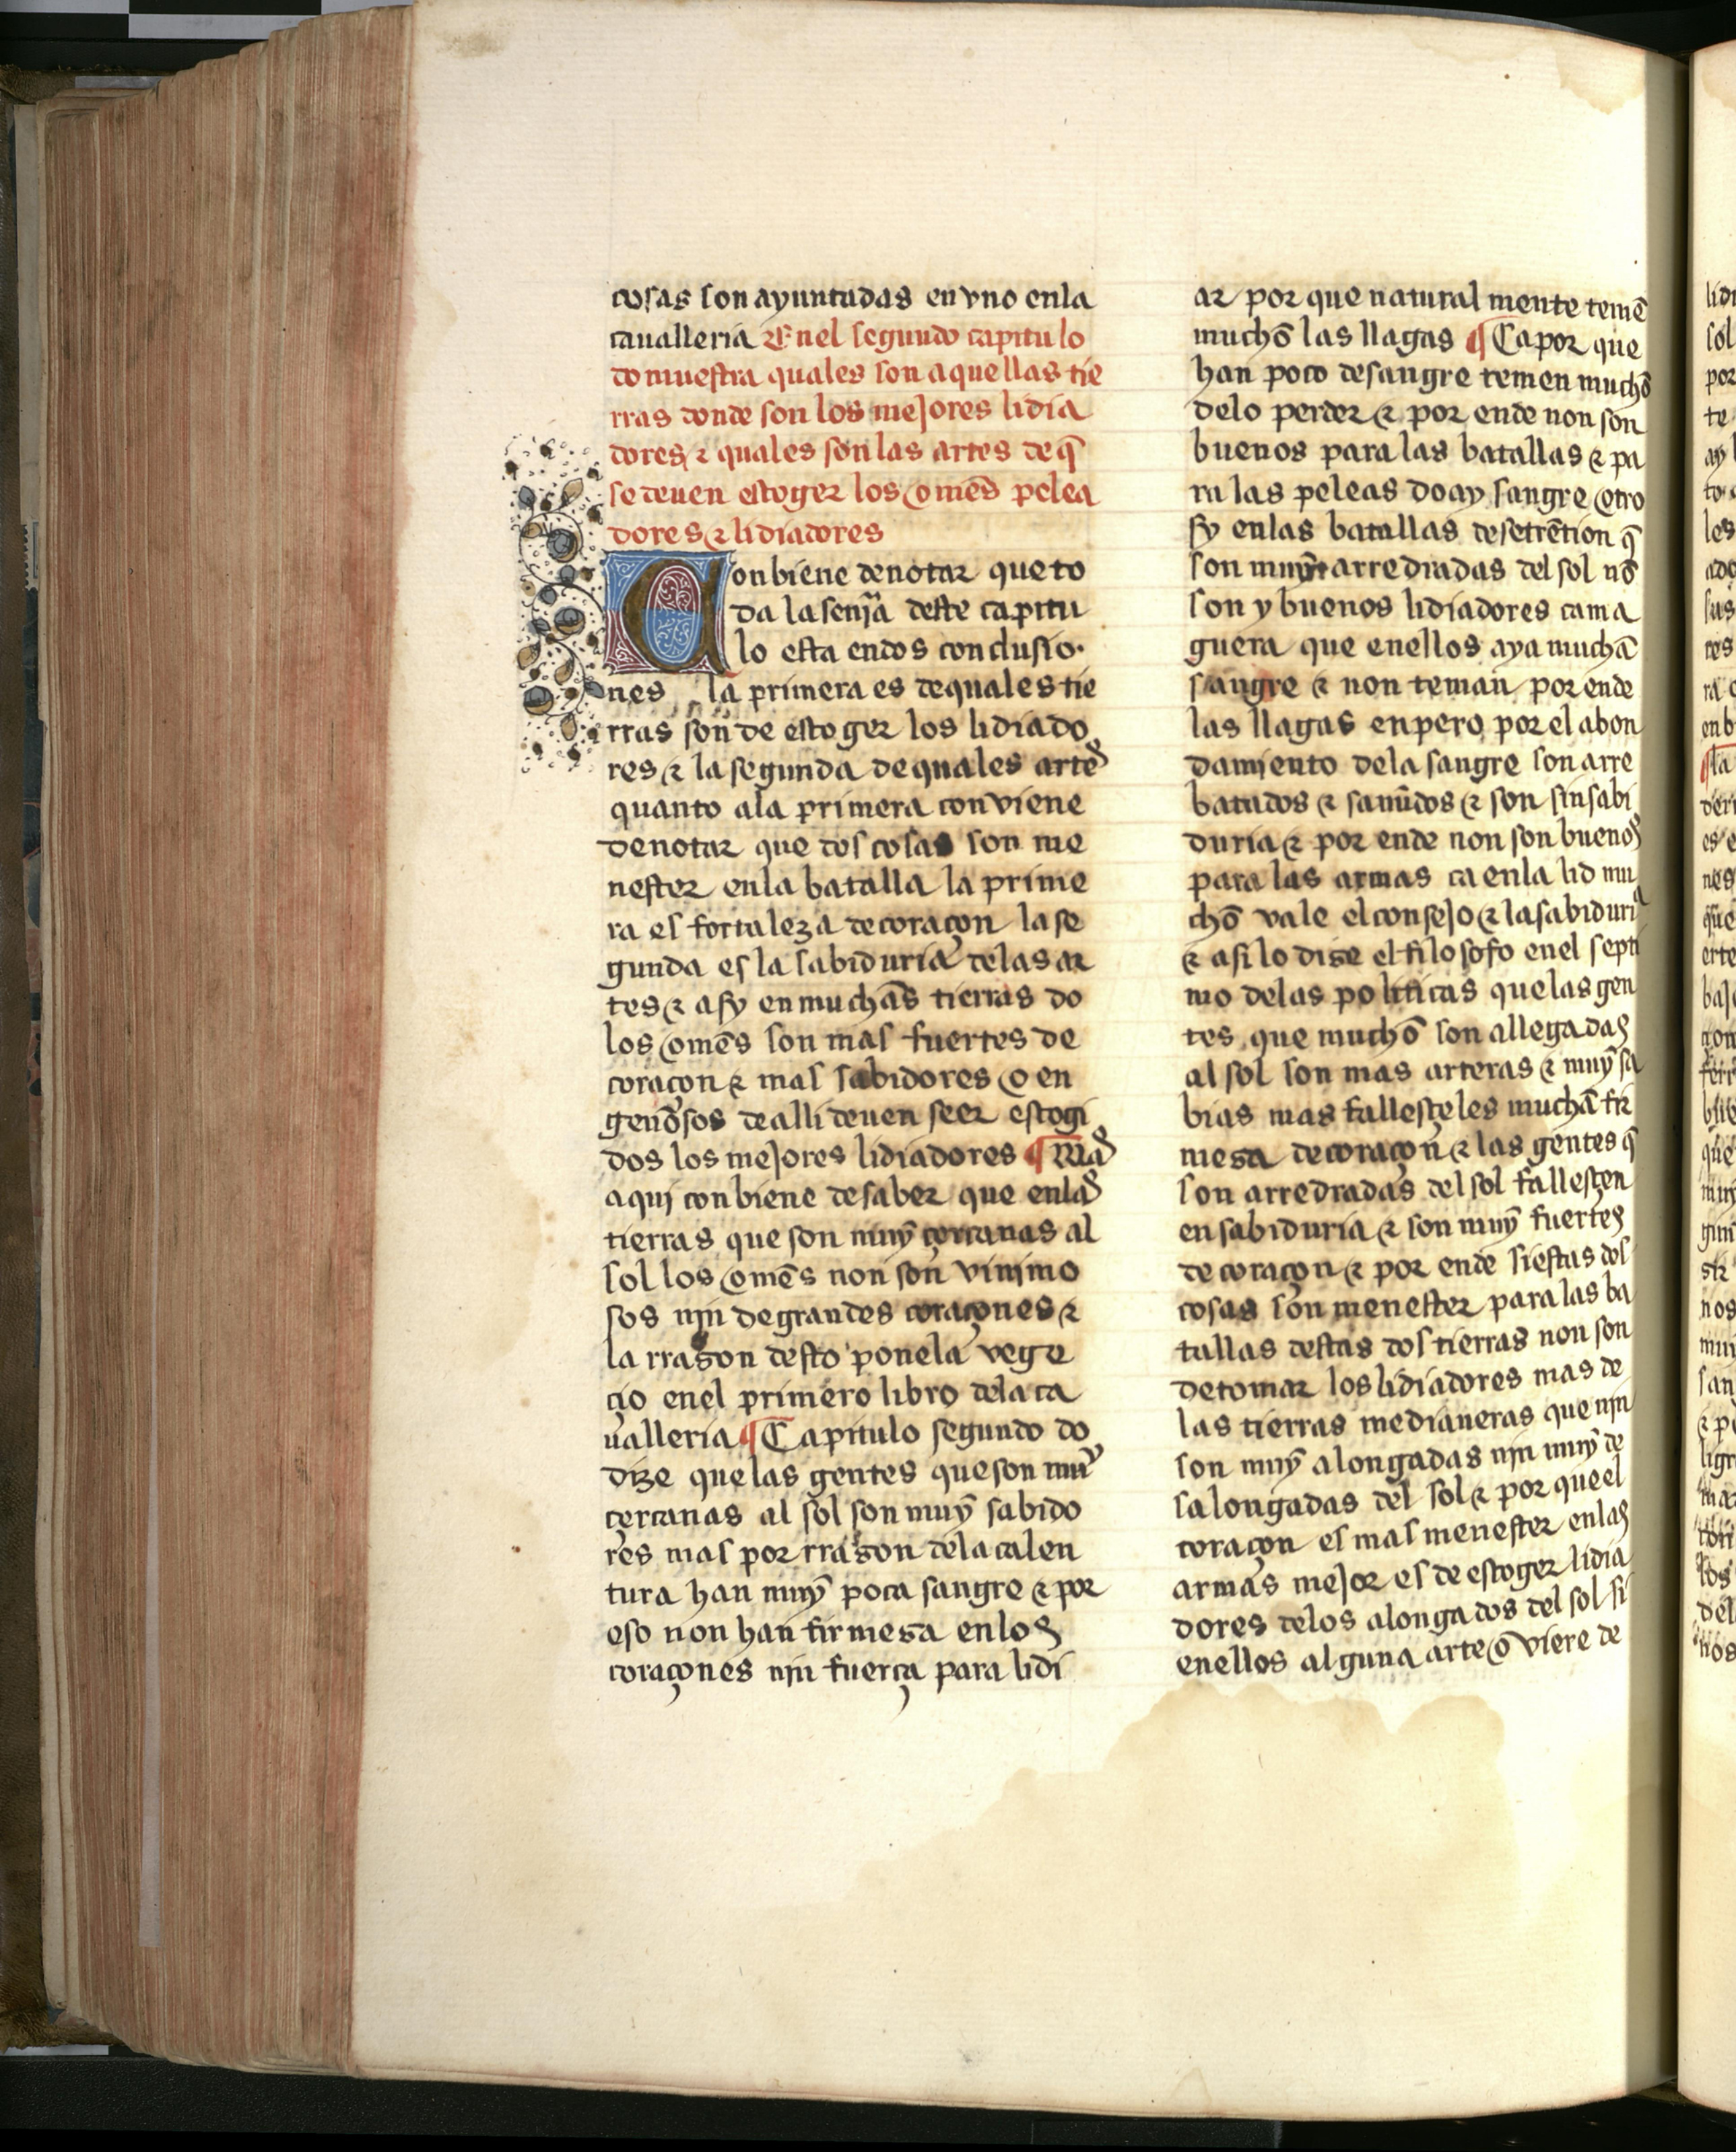
Shelfmark: Salamanca, Biblioteca Histórica USAL, 2709
Century: 15